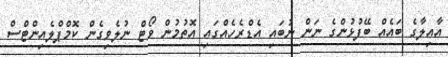
އާއިލާގެ ބައެއް ބޭފުޅުންގެ ނަން ނުބައި އެޑްރެހެއްގައި އޮތުމުން ވޯޓް ނުލެވިގެން ކޮމްޕްލެއިންޓްސް